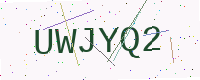
Text: UWJYQ2